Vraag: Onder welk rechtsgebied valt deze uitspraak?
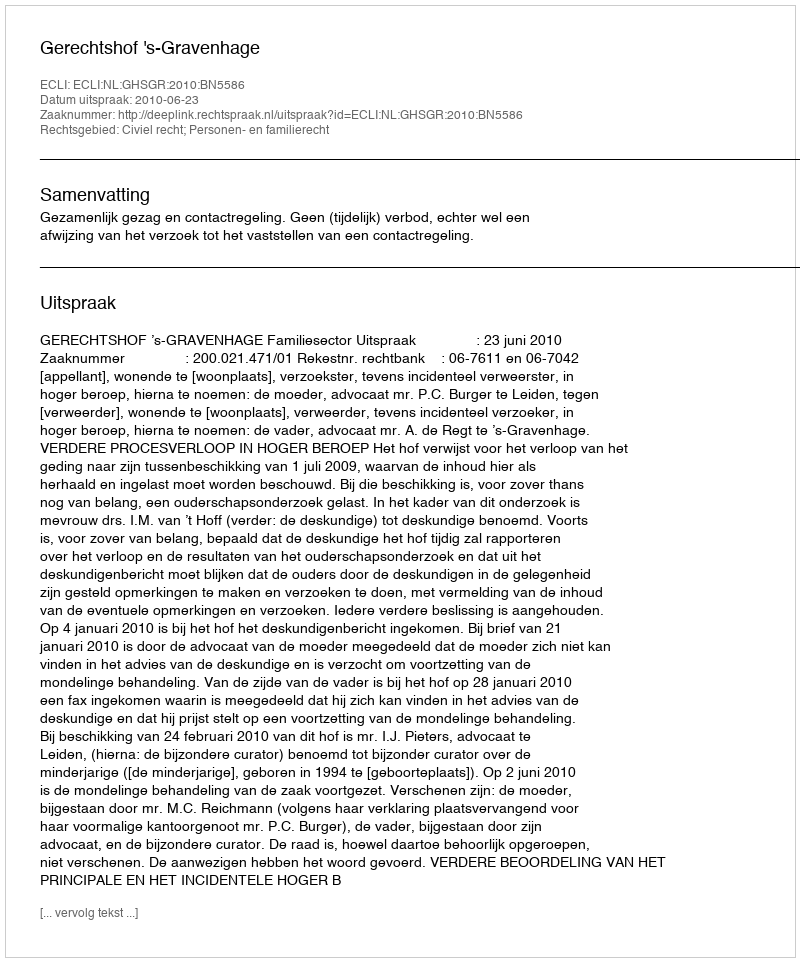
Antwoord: Civiel recht; Personen- en familierecht